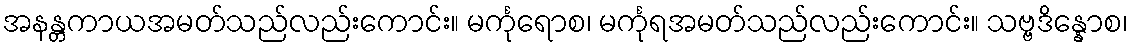
အနန္တကာယအမတ်သည်လည်းကောင်း။ မင်္ကုရောစ၊ မင်္ကုရအမတ်သည်လည်းကောင်း။ သဗ္ဗဒိန္နောစ၊